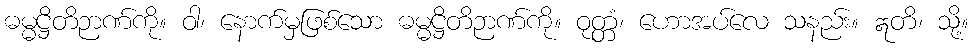
ဓမ္မဋ္ဌိတိဉာဏ်ကို။ ဝါ၊ နောက်မှဖြစ်သော ဓမ္မဋ္ဌိတိဉာဏ်ကို။ ဝုတ္တံ၊ ဟောအပ်လေ သနည်း။ ဣတိ၊ သို့။